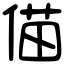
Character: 㑤